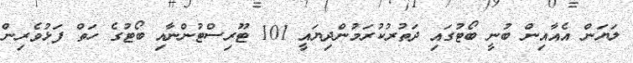
ލަޔަން އެއާއިން ބުނީ ބޯޓުގައި ދަތުރުކުރަމުންދިޔައީ 101 ޓޫރިސްޓުންނާއި ބޯޓުގެ ހަތް ފަޅުވެރިން